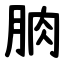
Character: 朒